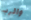
والرب